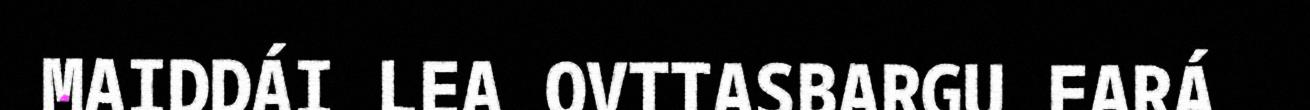
MAIDDÁI LEA OVTTASBARGU EARÁ